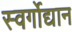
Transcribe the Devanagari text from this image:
स्वर्गोद्यान